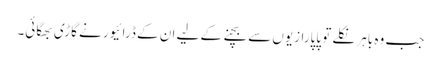
جب وہ باہر نکلے تو پاپارازیوں سے بچنے کے لیے ان کے ڈرائیور نے گاڑی بھگائی۔